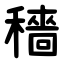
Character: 穡